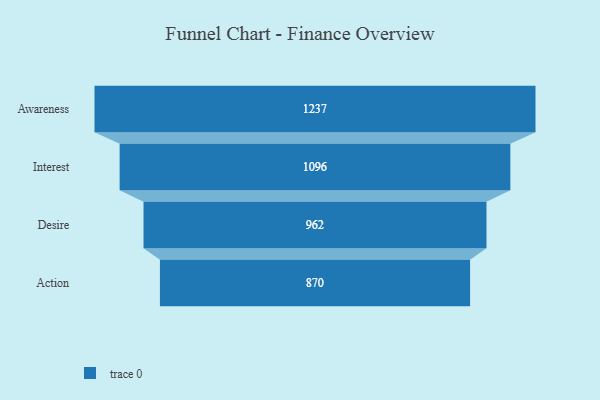
{"axis": {"x": "Stage", "y": "Value"}, "legend": [""], "data": [{"x": "Awareness", "y": 1237.0, "type": ""}, {"x": "Interest", "y": 1096.0, "type": ""}, {"x": "Desire", "y": 962.0, "type": ""}, {"x": "Action", "y": 870.0, "type": ""}]}